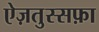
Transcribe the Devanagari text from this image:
ऐज़तुस्सफ़ा